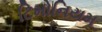
ટિમોનિયમ